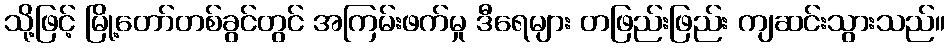
သို့ဖြင့် မြို့တော်တစ်ခွင်တွင် အကြမ်းဖက်မှု ဒီရေများ တဖြည်းဖြည်း ကျဆင်းသွားသည်။